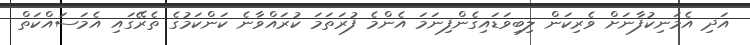
އަދި އެމަނިކުފާނަށް ވެރިކަން ލިބިވަޑައިގެންފިނަމަ އެންމެ ފުރަތަމަ ކުރައްވާނެ ކަންކަމުގެ ތެރޭގައި އެމަސައްކަތް